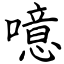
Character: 噫